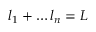
l _ { 1 } + \ldots l _ { n } = L